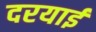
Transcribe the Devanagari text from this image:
दरयाई